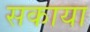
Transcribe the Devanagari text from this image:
सकाया